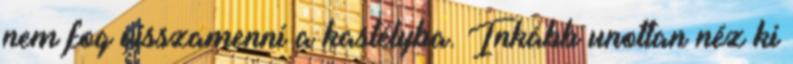
nem fog visszamenni a kastélyba. Inkább unottan néz ki